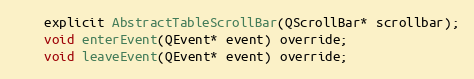
Language: C
    explicit AbstractTableScrollBar(QScrollBar* scrollbar);
    void enterEvent(QEvent* event) override;
    void leaveEvent(QEvent* event) override;